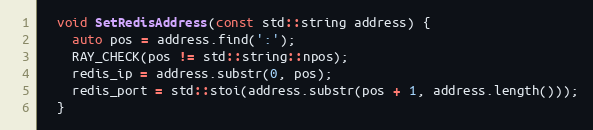
Language: C
  void SetRedisAddress(const std::string address) {
    auto pos = address.find(':');
    RAY_CHECK(pos != std::string::npos);
    redis_ip = address.substr(0, pos);
    redis_port = std::stoi(address.substr(pos + 1, address.length()));
  }